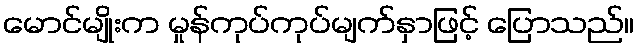
မောင်မျိုးက မှုန်ကုပ်ကုပ်မျက်နှာဖြင့် ပြောသည်။